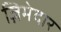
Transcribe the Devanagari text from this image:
ज़िमेदार